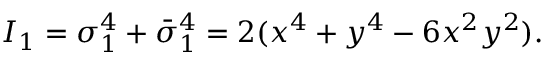
I _ { 1 } = \sigma _ { 1 } ^ { 4 } + \bar { \sigma } _ { 1 } ^ { 4 } = 2 ( x ^ { 4 } + y ^ { 4 } - 6 x ^ { 2 } y ^ { 2 } ) .